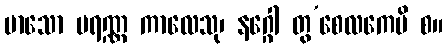
မာသော ပရဏ္ဏ ကာလေသု၊ နဂ္ဂေါ တွ’စေလကေပိ စ။